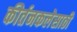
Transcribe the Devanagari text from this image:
कीर्तनकलेसाठी